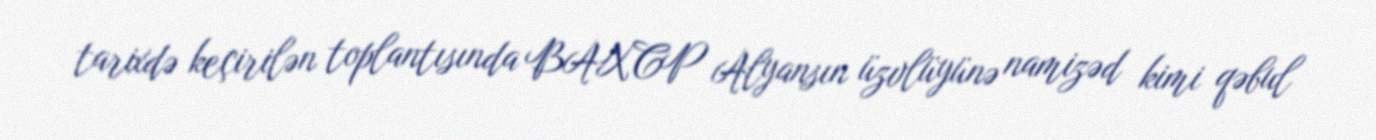
tarixdə keçirilən toplantısında BAXCP Alyansın üzvlüyünə namizəd kimi qəbul